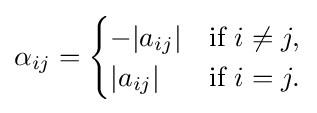
\alpha _{ij}={\begin{cases}-|a_{ij}|&{\text{if }}i\neq j,\\|a_{ij}|&{\text{if }}i=j.\end{cases}}